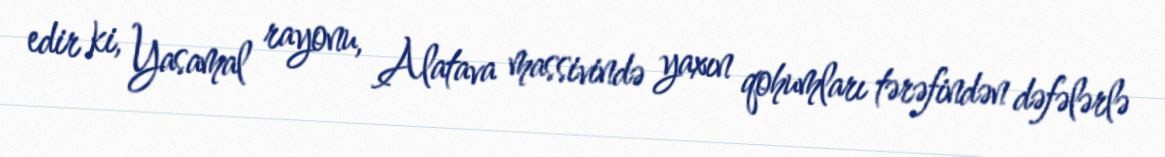
edir ki, Yasamal rayonu, Alatava massivində yaxın qohumları tərəfindən dəfələrlə